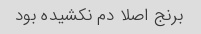
برنج اصلا دم نکشیده بود